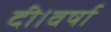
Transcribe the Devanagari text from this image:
दी।वर्षा